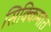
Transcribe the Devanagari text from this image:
सिक्किमात